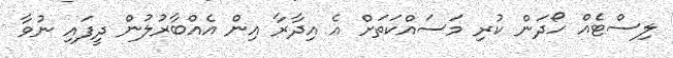
ލިސްޓެއް ހޯދަން ކުރި މަސައްކަތަށް އެ އިދާރާ އިން އެއްބާރުލުން ދީފައި ނުވާ